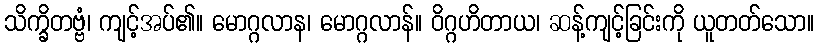
သိက္ခိတဗ္ဗံ၊ ကျင့်အပ်၏။ မောဂ္ဂလာန၊ မောဂ္ဂလာန်။ ဝိဂ္ဂဟိတာယ၊ ဆန့်ကျင့်ခြင်းကို ယူတတ်သော။